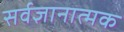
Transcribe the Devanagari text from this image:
सर्वज्ञानात्मक